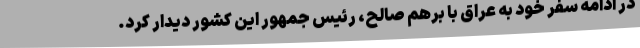
در ادامه سفر خود به عراق با برهم صالح، رئیس جمهور این کشور دیدار کرد.